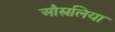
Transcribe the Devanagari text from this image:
औस्त्रलिया